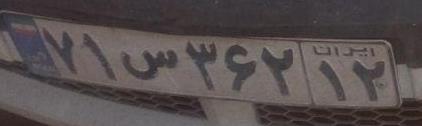
۷۱س۳۶۲۱۲